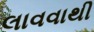
લાવવાથી